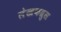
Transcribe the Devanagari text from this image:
लेखकब्रुस